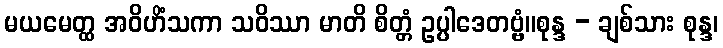
မယမေတ္ထ အဝိဟိံသကာ သဝိဿာ မာတိ စိတ္တံ ဥပ္ပါဒေတဗ္ဗံ။စုန္ဒ - ချစ်သား စုန္ဒ၊